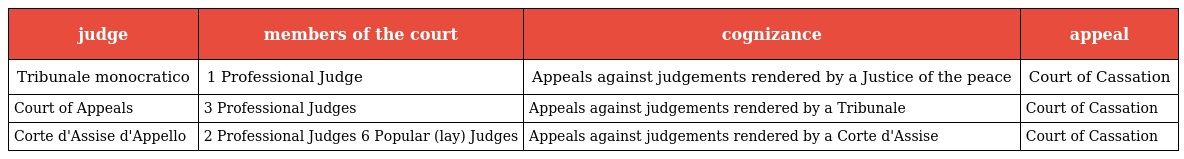
| judge | members of the court | cognizance | appeal |
 | --- | --- | --- | --- |
 | Tribunale monocratico | 1 Professional Judge | Appeals against judgements rendered by a Justice of the peace | Court of Cassation |
 | Court of Appeals | 3 Professional Judges | Appeals against judgements rendered by a Tribunale | Court of Cassation |
 | Corte d'Assise d'Appello | 2 Professional Judges 6 Popular (lay) Judges | Appeals against judgements rendered by a Corte d'Assise | Court of Cassation |